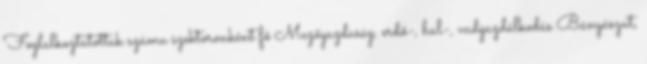
Foglalkoztatottak száma szektoronként fő Mezőgazdaság, erdő-, hal-, vadgazdálkodás Bányászat,